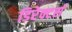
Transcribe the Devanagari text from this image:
डिरेक्टर्स